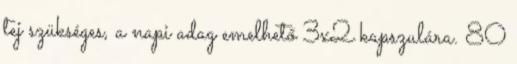
tej szükséges, a napi adag emelhető 3x2 kapszulára. 80